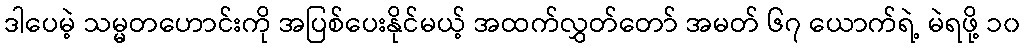
ဒါပေမဲ့ သမ္မတဟောင်းကို အပြစ်ပေးနိုင်မယ့် အထက်လွှတ်တော် အမတ် ၆၇ ယောက်ရဲ့ မဲရဖို့ ၁၀